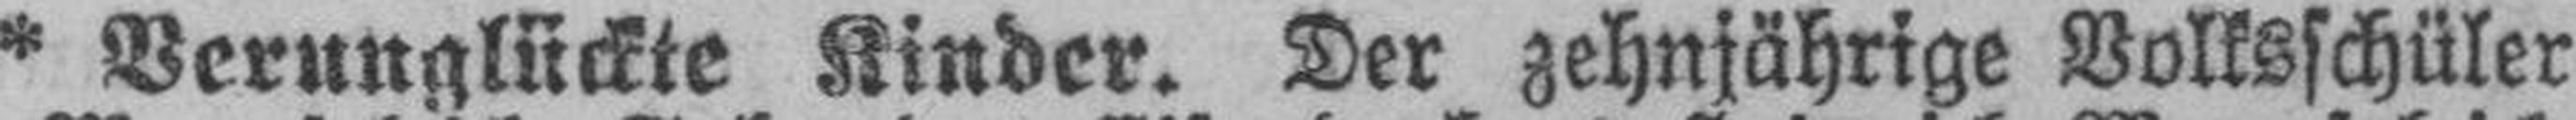
* Verunglückte Kinder. Der zehnjährige Volksschüler